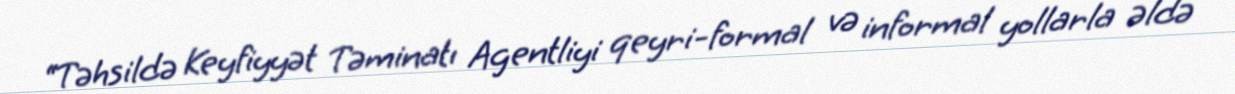
“Təhsildə Keyfiyyət Təminatı Agentliyi qeyri-formal və informal yollarla əldə